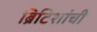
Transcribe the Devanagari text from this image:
ब्रिटिशांची